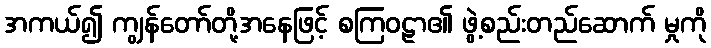
အကယ်၍ ကျွန်တော်တို့အနေဖြင့် စကြဝဠာ၏ ဖွဲ့စည်းတည်ဆောက် မှုကို